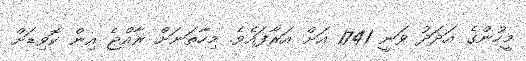
މީހުންގެ އަދަދު ވަނީ 1741 އަށް އަރާފައެވެ. މިހާތަނަށް ރާއްޖެ އިން ކޮވިޑަށް